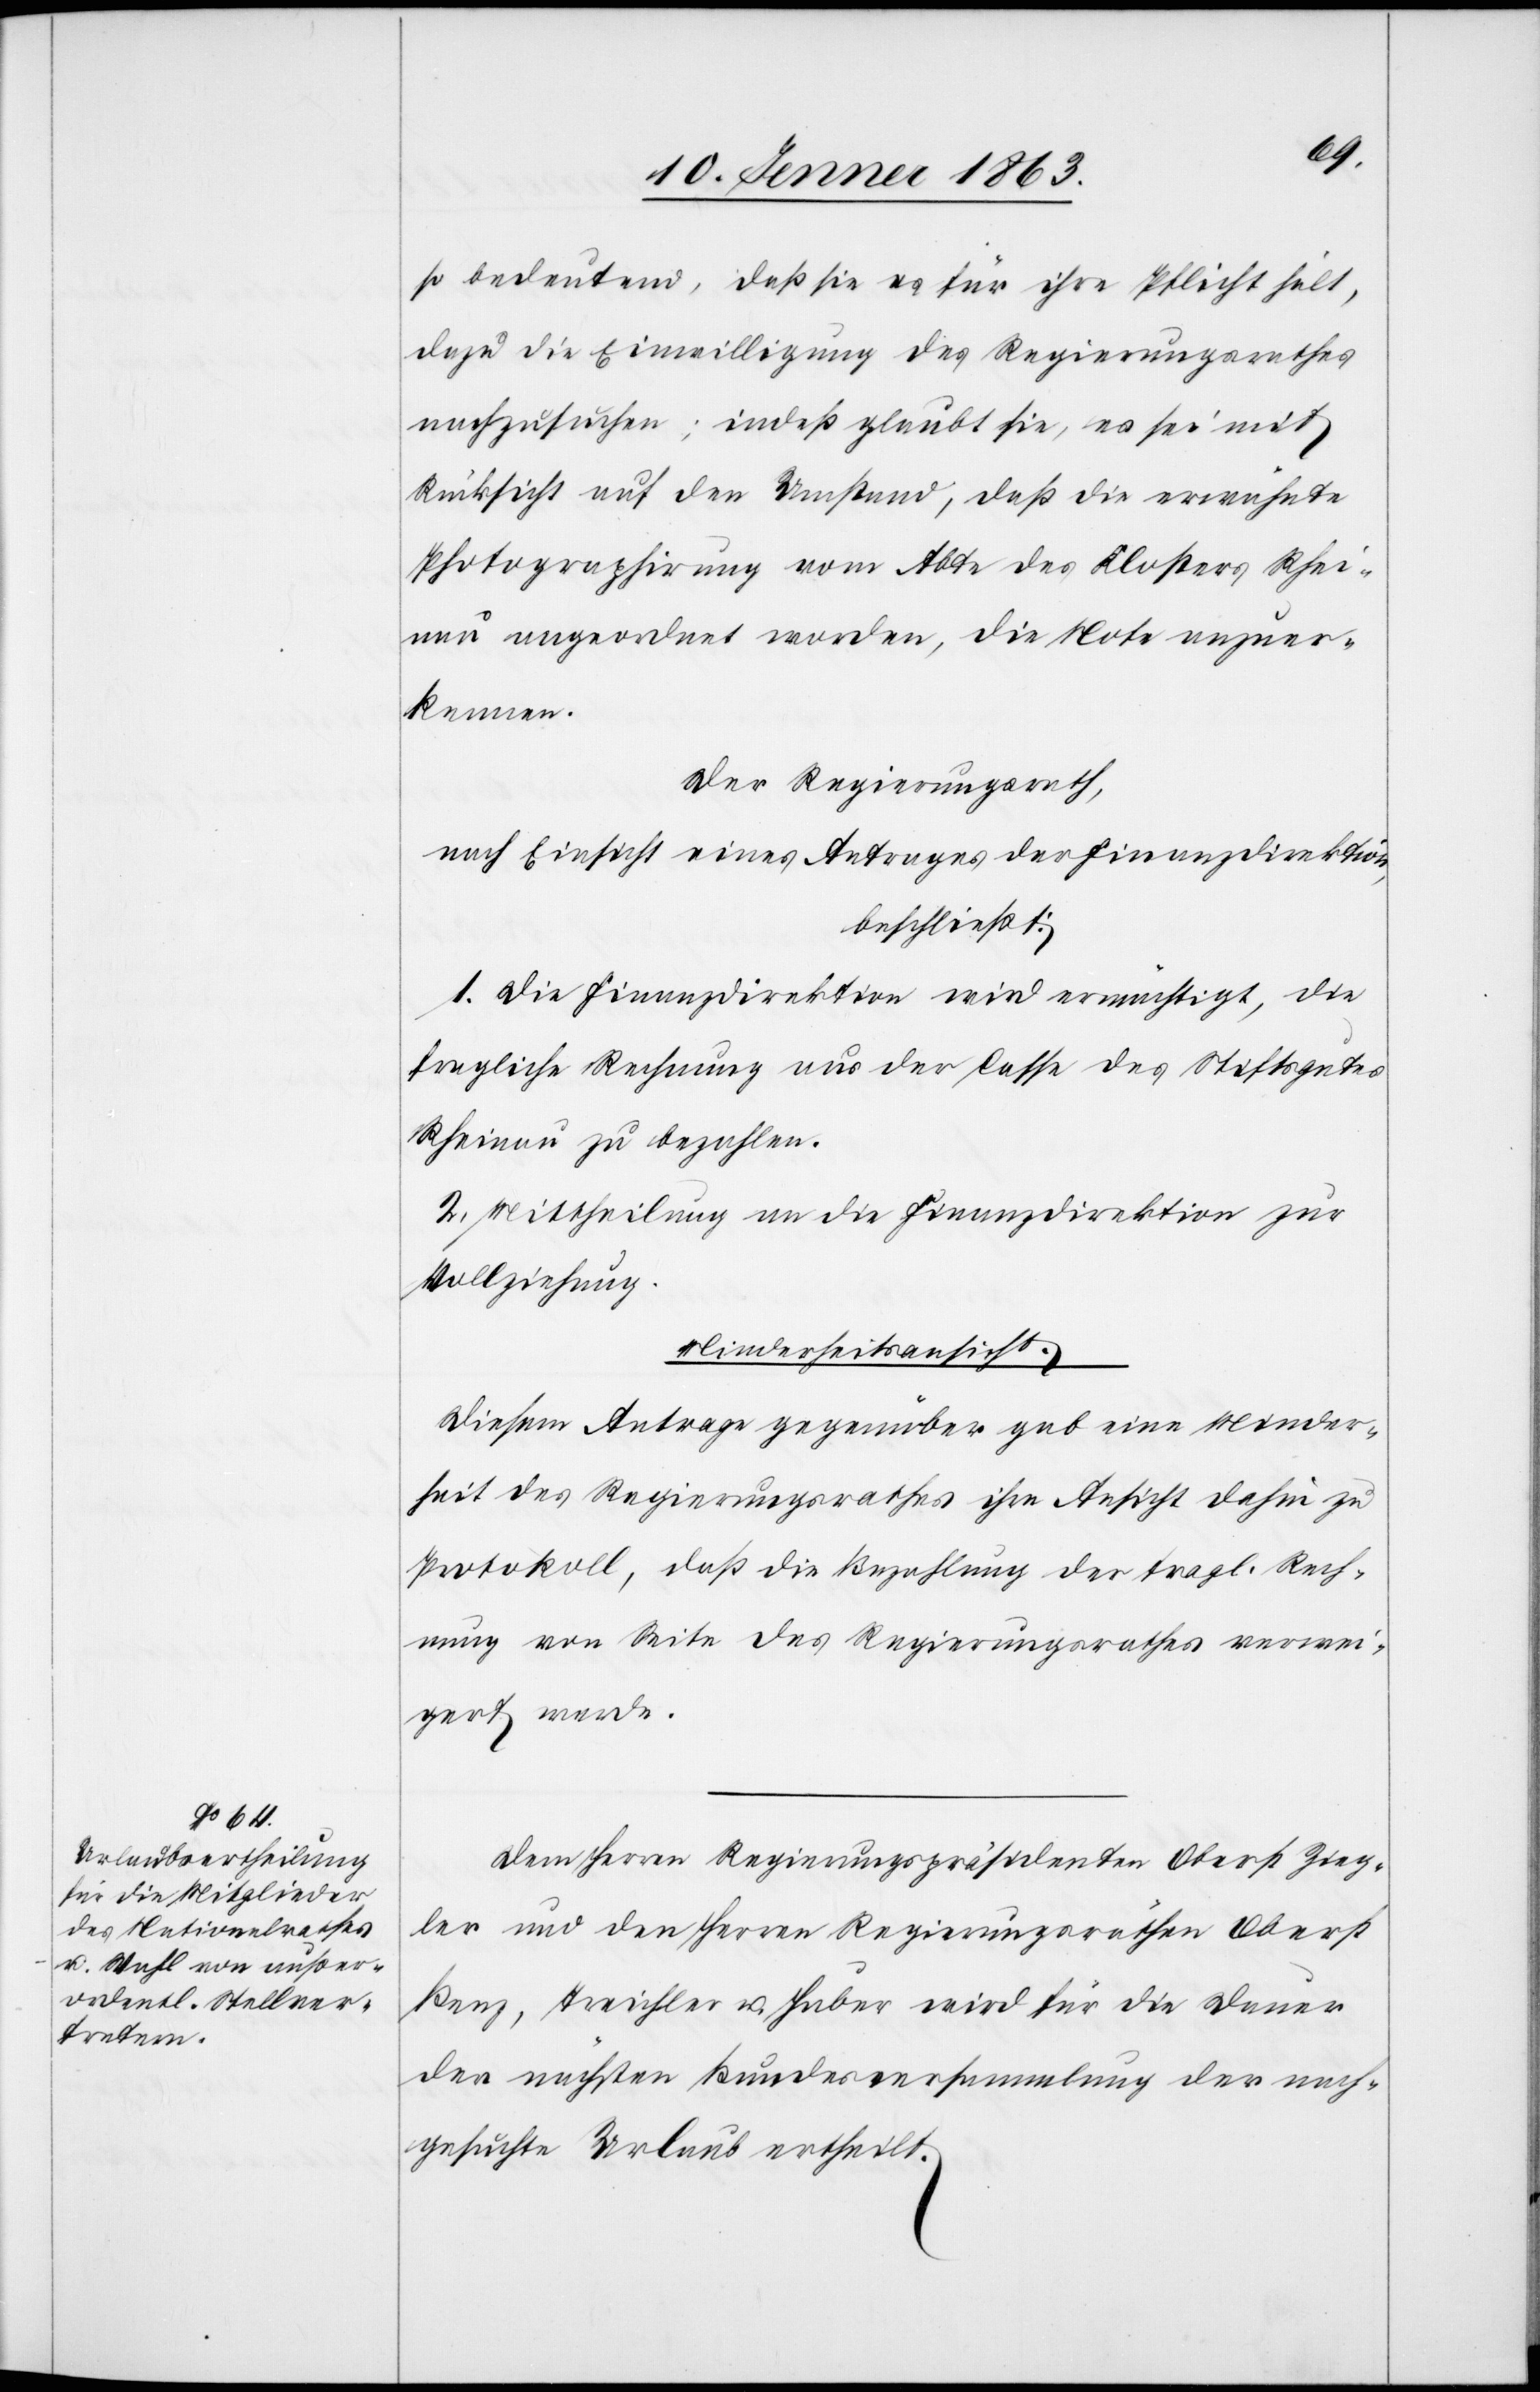
so bedeutend, daß sie es für ihre Pflicht hält,
dazu die Einwilligung des Regierungsrathes
nachzusuchen; indeß glaubt sie, es sei mit
Rücksicht auf den Umstand, daß die erwähnte
Photographirung vom Abte des Klosters Rhei¬
nau angeordnet worden, die Note anzuer¬
kennen.
Der Regierungsrath,
nach Einsicht eines Antrages der Finanzdirektion,
beschließt:
1. Die Finanzdirektion wird ermächtigt, die
fragliche Rechnung aus der Casse des Stiftsgutes
Rheinau zu bezahlen.
2. Mittheilung an die Finanzdirektion zur
Vollziehung.
Minderheitsansicht.
Diesem Antrage gegenüber gab eine Minder¬
heit des Regierungsrathes ihre Ansicht dahin zu
Protokoll, daß die Bezahlung der fragl. Rech¬
nung von Seite des Regierungsrathes verwei¬
gert werde.
Dem Herrn Regierungspräsidenten Oberst Zieg¬
ler und den Herren Regierungsräthen Oberst
Benz, Treichler u. Huber wird für die Dauer
der nächsten Bundesversammlung der nach¬
gesuchte Urlaub ertheilt.